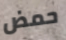
حمض